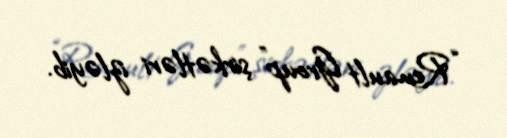
“Renault Group” şirkətləri izləyib.